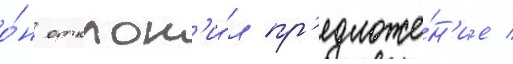
о́н отклон'и́л пр'едложе́н'ие /